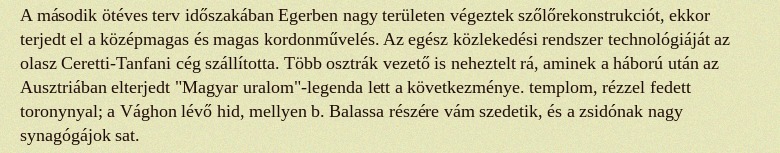
A második ötéves terv időszakában Egerben nagy területen végeztek szőlőrekonstrukciót, ekkor terjedt el a középmagas és magas kordonművelés. Az egész közlekedési rendszer technológiáját az olasz Ceretti-Tanfani cég szállította. Több osztrák vezető is neheztelt rá, aminek a háború után az Ausztriában elterjedt "Magyar uralom"-legenda lett a következménye. templom, rézzel fedett toronynyal; a Vághon lévő hid, mellyen b. Balassa részére vám szedetik, és a zsidónak nagy synagógájok sat.